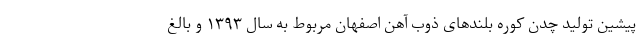
پیشین تولید چدن کوره بلندهای ذوب آهن اصفهان مربوط به سال ۱۳۹۳ و بالغ